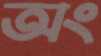
অং